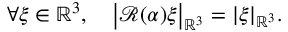
\forall \xi \in \mathbb { R } ^ { 3 } , \quad \big | \mathcal { R } ( \alpha ) \xi \big | _ { \mathbb { R } ^ { 3 } } = | \xi | _ { \mathbb { R } ^ { 3 } } .